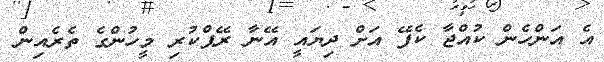
އެ އަންހެން ކުއްޖާ ކެފޭ އަށް ދިޔައީ އޭނާ ރޭޕްކުރި މީހުންގެ ތެރެއިން